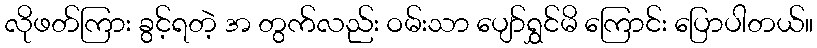
လိုဖတ်ကြား ခွင့်ရတဲ့ အ တွက်လည်း ဝမ်းသာ ပျော်ရွှင်မိ ကြောင်း ပြောပါတယ်။